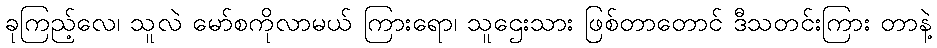
ခုကြည့်လေ၊ သူလဲ မော်စကိုလာမယ် ကြားရော၊ သူဌေးသား ဖြစ်တာတောင် ဒီသတင်းကြား တာနဲ့